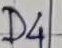
Text: D4